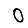
Digit: 0